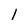
Character: l